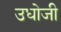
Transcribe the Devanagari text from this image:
उधोजी